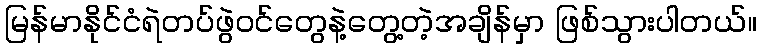
မြန်မာနိုင်ငံရဲတပ်ဖွဲဝင်တွေနဲ့တွေ့တဲ့အချိန်မှာ ဖြစ်သွားပါတယ်။